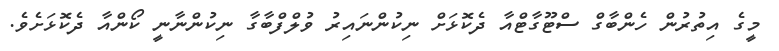
މީގެ އިތުރުން ހެންބާގް ސްޓޫގާޓްއާ ދެކޮޅަށް ނިކުންނައިރު ވުލްފްބާގާ ނިކުންނާނީ ކޯންއާ ދެކޮޅަށެވެ.